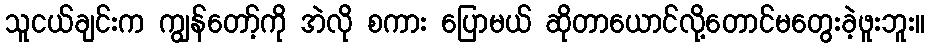
သူငယ်ချင်းက ကျွန်တော့်ကို အဲလို စကား ပြောမယ် ဆိုတာယောင်လို့တောင်မတွေးခဲ့ဖူးဘူး။